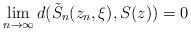
LaTeX: \begin{align*}\lim_{n \rightarrow \infty} d(\tilde{S}_n(z_n, \xi),S(z)) = 0 \end{align*}